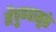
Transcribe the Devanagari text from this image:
नैपुण्यामुळे